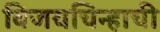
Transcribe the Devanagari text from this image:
विजयचिन्हाची